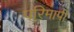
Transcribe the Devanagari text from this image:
परिमापी